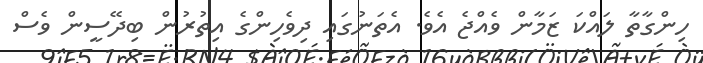
ހިންގާތާ ލައްކަ ޒަމާން ވެއްޖެ އެވެ. އެތަނުގައި ދިވެހިންގެ އިތުރުން ބިދޭސީން ވެސް